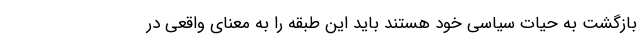
بازگشت به حیات سیاسی خود هستند باید این طبقه را به معنای واقعی در